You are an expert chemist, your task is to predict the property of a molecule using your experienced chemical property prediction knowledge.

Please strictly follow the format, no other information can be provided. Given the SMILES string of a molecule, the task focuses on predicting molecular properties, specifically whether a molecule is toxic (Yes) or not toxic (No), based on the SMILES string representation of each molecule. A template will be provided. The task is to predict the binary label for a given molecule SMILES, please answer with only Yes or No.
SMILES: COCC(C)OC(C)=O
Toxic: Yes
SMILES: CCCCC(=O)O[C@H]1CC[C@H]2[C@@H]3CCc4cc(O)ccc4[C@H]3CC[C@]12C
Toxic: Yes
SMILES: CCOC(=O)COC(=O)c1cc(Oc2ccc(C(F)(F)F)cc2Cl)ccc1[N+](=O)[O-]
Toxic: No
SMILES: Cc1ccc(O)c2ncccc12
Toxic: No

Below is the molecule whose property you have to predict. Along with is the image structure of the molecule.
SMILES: CCCCCCCCCCCCCC(=O)OCC(COP(=O)([O-])OCC[N+](C)(C)C)OC(=O)CCCCCCCCCCCCC
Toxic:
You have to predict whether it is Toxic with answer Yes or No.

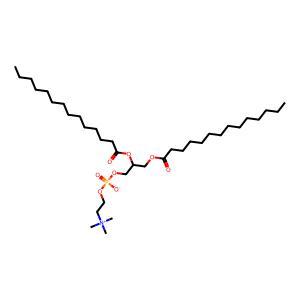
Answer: No